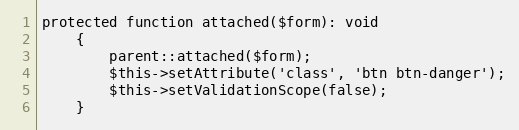
Language: PHP
protected function attached($form): void
	{
		parent::attached($form);
		$this->setAttribute('class', 'btn btn-danger');
		$this->setValidationScope(false);
	}